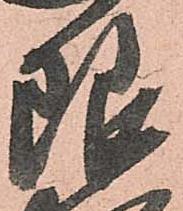
限